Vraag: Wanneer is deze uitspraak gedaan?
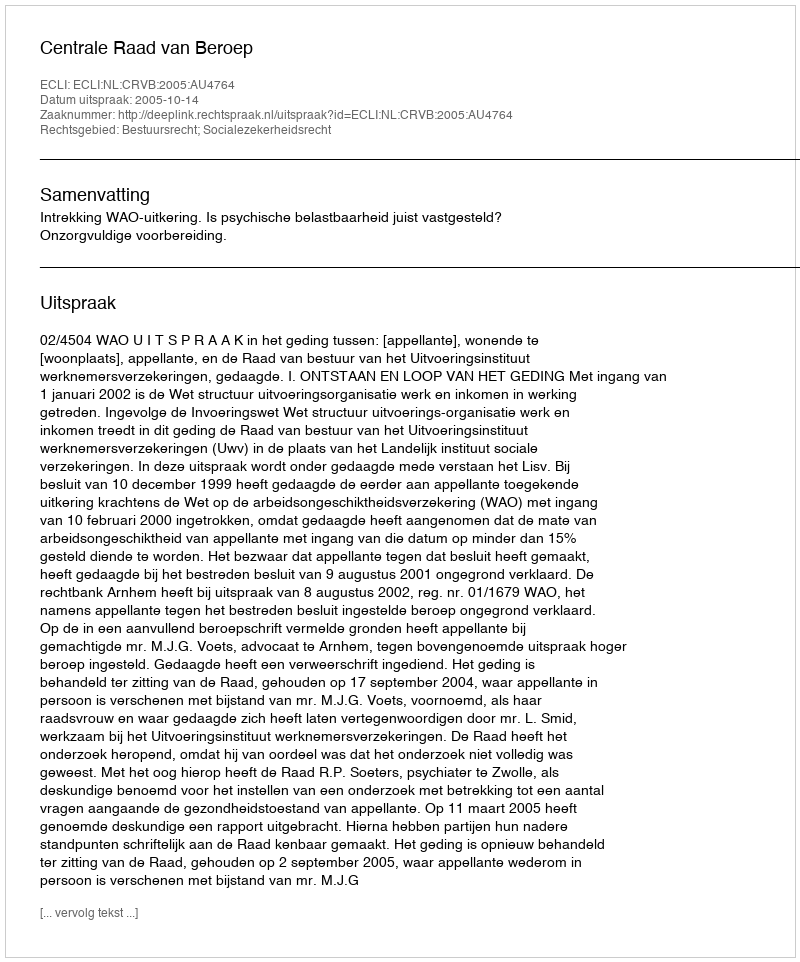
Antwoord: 2005-10-14